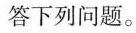
答下列问题。